King Institute of Preventive Medicine Micro-Biological Section reports 1912-19
Year: 1912
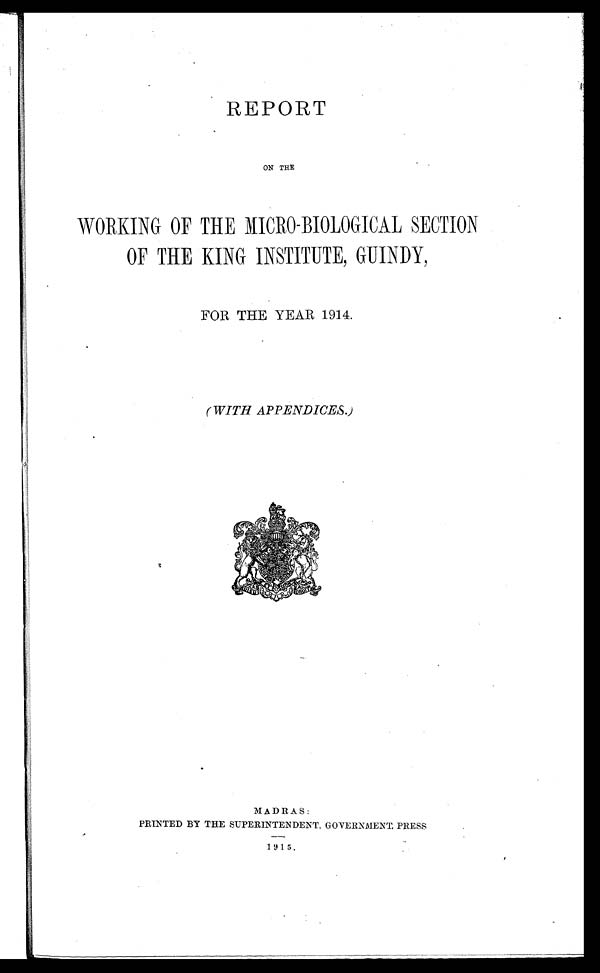
REPORT
ON THE
WORKING OF THE MICRO-BIOLOGICAL SECTION
OF THE KING INSTITUTE, GUINDY,
FOR THE YEAR 1914.
(WITH APPENDICES.)
MADRAS:
PRINTED BY THE SUPERINTENDENT, GOVERNMENT, PRESS
1915 .